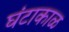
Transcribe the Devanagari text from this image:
घंटाकाळ